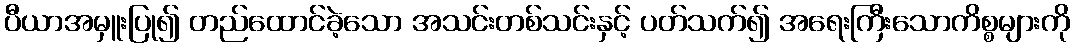
ပီယာအမှူးပြု၍ တည်ထောင်ခဲ့သော အသင်းတစ်သင်းနှင့် ပတ်သက်၍ အရေးကြီးသောကိစ္စများကို